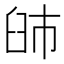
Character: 䑔